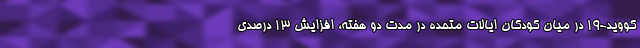
کووید-۱۹ در میان کودکان ایالات متحده در مدت دو هفته، افزایش ۱۳ درصدی